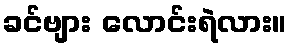
ခင်ဗျား လောင်းရဲလား။